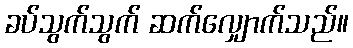
ခပ်သွက်သွက် ဆက်လျှောက်သည်။